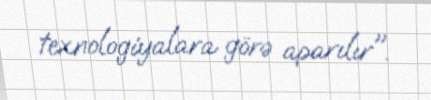
texnologiyalara görə aparılır".